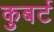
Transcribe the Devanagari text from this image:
कुबर्ट